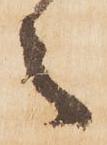
々